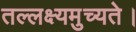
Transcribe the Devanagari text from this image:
तल्लक्ष्यमुच्यते।